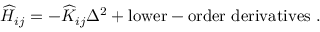
\widehat { H } _ { i j } = - \widehat { K } _ { i j } \Delta ^ { 2 } + \mathrm { l o w e r - o r d e r ~ d e r i v a t i v e s ~ } .